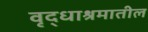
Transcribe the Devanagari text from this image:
वृद्धाश्रमातील